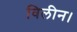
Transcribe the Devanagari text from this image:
विलीन।